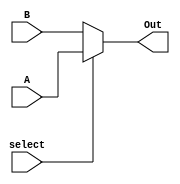
// Data Flow level 2:1 mux

module mux2to1(Out, A, B, select);
  input A, B, select;
  output Out;
  assign Out = select ? A : B;
endmodule 

module tb_mux;
  reg a, b, sel;
  wire out;
  mux2to1 mod(out, a, b, sel);
  initial
    begin
      $monitor($time, " a=%b, b=%b, sel=%b, out=%b", a, b, sel, out);
      #0 a=1'b0; b=1'b1;
      #2 sel=1'b1;
      #5 sel=1'b0;
      #10 a=1'b1; b=1'b0;
      #15 sel=1'b1;
      #20 sel=1'b0;
      #100 $finish;
    end
  endmodule